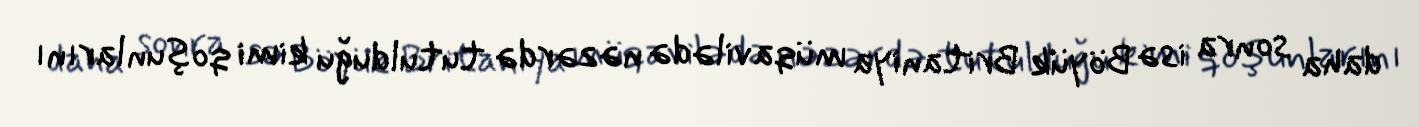
daha sonra isə Böyük Britaniya müqavilədə nəzərdə tutulduğu kimi qoşunlarını